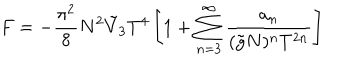
LaTeX: F = - \frac { \pi ^ { 2 } } { 8 } N ^ { 2 } \tilde { V } _ { 3 } T ^ { 4 } \left[ 1 + \sum _ { n = 3 } ^ { \infty } \frac { a _ { n } } { ( \tilde { g } N ) ^ { n } T ^ { 2 n } } \right]